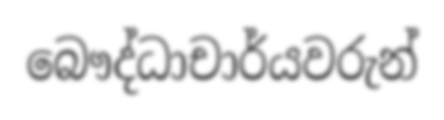
බෞද්ධාචාර්යවරුන්